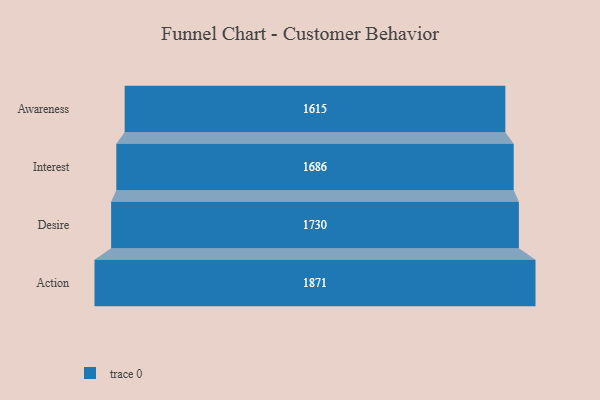
{"axis": {"x": "Stage", "y": "Value"}, "legend": [""], "data": [{"x": "Awareness", "y": 1615.0, "type": ""}, {"x": "Interest", "y": 1686.0, "type": ""}, {"x": "Desire", "y": 1730.0, "type": ""}, {"x": "Action", "y": 1871.0, "type": ""}]}